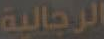
الرجالية